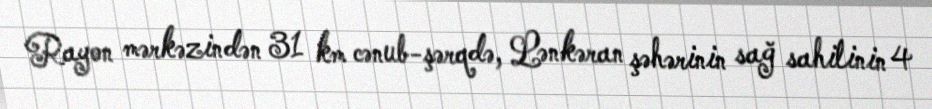
Rayon mərkəzindən 31 km cənub-şərqdə, Lənkəran şəhərinin sağ sahilinin 4